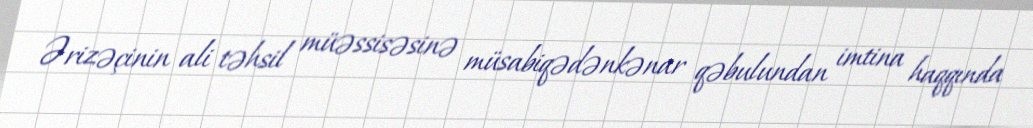
Ərizəçinin ali təhsil müəssisəsinə müsabiqədənkənar qəbulundan imtina haqqında